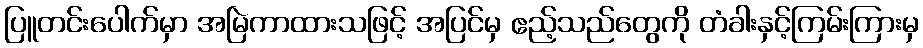
ပြူတင်းပေါက်မှာ အမြဲကာထားသဖြင့် အပြင်မှ ဧည့်သည်တွေကို တံခါးနှင့်ကြမ်းကြားမှ